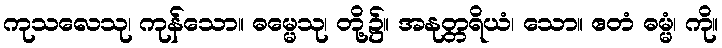
ကုသလေသု၊ ကုန်သော။ ဓမ္မေသု၊ တို့၌။ အနုတ္တရိယံ၊ သော။ ဧတံ ဓမ္မံ၊ ကို။